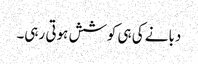
دبانے کی ہی کوشش ہوتی رہی۔